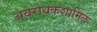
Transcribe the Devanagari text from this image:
अवरोधकशामिल